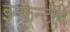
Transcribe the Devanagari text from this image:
इन्फन्ट्रीचे